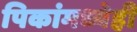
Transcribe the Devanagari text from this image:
पिकांमध्येही